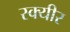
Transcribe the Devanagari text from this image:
स्क्यीर